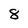
Character: 8